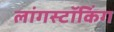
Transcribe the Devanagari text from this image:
लांगस्टॉकिंग